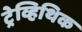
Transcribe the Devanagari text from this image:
ट्रेव्हिथिक